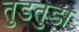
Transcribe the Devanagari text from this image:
तुडतुडा